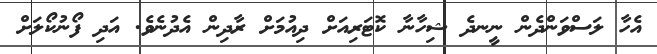
އެހާ ލަސްވަންދެން ނީނދެ ޝިހާނާ ކޮޓަރިއަށް ދިއުމަށް ރާދިން އެދުނެވެ. އަދި ފޯނުކޯލަށް